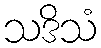
သဒိသံ